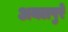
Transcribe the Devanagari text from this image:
अयलपुरे